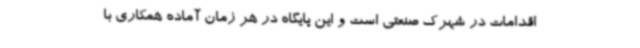
اقدامات در شهرک صنعتی است و این پایگاه در هر زمان آماده همکاری با